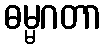
ဓမ္မဂတာ